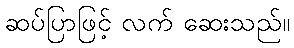
ဆပ်ပြာဖြင့် လက် ဆေးသည်။